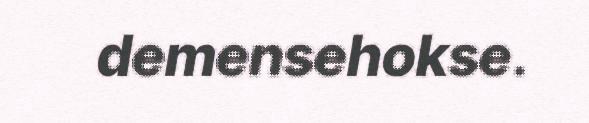
demensehokse.